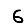
Digit: 6